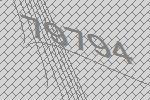
79794